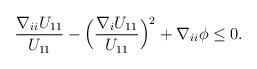
LaTeX: \begin{align*}\begin{aligned}\frac{\nabla_{ii} U_{11}}{U_{11}} - \Big(\frac{\nabla_i U_{11}}{U_{11}}\Big)^2 + \nabla_{ii} \phi \leq 0.\end{aligned}\end{align*}